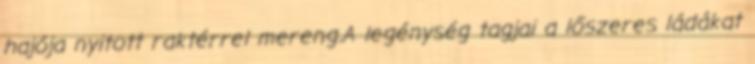
hajója nyitott raktérrel mereng.A legénység tagjai a lőszeres ládákat